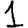
Digit: 1